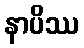
နာပိဿ